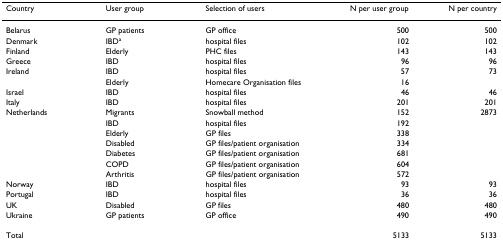
| Country | User group | Selection of users | N per user group | N per country |
 | --- | --- | --- | --- | --- |
 | Belarus | GP patients | GP office | 500 | 500 |
 | Denmark | IBDa | hospital files | 102 | 102 |
 | Finland | Elderly | PHC files | 143 | 143 |
 | Greece | IBD | hospital files | 96 | 96 |
 | Ireland | IBD | hospital files | 57 | 73 |
 |  | Elderly | Homecare Organisation files | 16 |  |
 | Israel | IBD | hospital files | 46 | 46 |
 | Italy | IBD | hospital files | 201 | 201 |
 | Netherlands | Migrants | Snowball method | 152 | 2873 |
 |  | IBD | hospital files | 192 |  |
 |  | Elderly | GP files | 338 |  |
 |  | Disabled | GP files/patient organisation | 334 |  |
 |  | Diabetes | GP files/patient organisation | 681 |  |
 |  | COPD | GP files/patient organisation | 604 |  |
 |  | Arthritis | GP files/patient organisation | 572 |  |
 | Norway | IBD | hospital files | 93 | 93 |
 | Portugal | IBD | hospital files | 36 | 36 |
 | UK | Disabled | GP files | 480 | 480 |
 | Ukraine | GP patients | GP office | 490 | 490 |
 | Total |  |  | 5133 | 5133 |